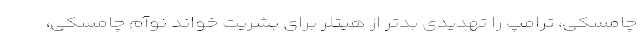
چامسکی، ترامپ را تهدیدی بدتر از هیتلر برای بشریت خواند نوآم چامسکی،